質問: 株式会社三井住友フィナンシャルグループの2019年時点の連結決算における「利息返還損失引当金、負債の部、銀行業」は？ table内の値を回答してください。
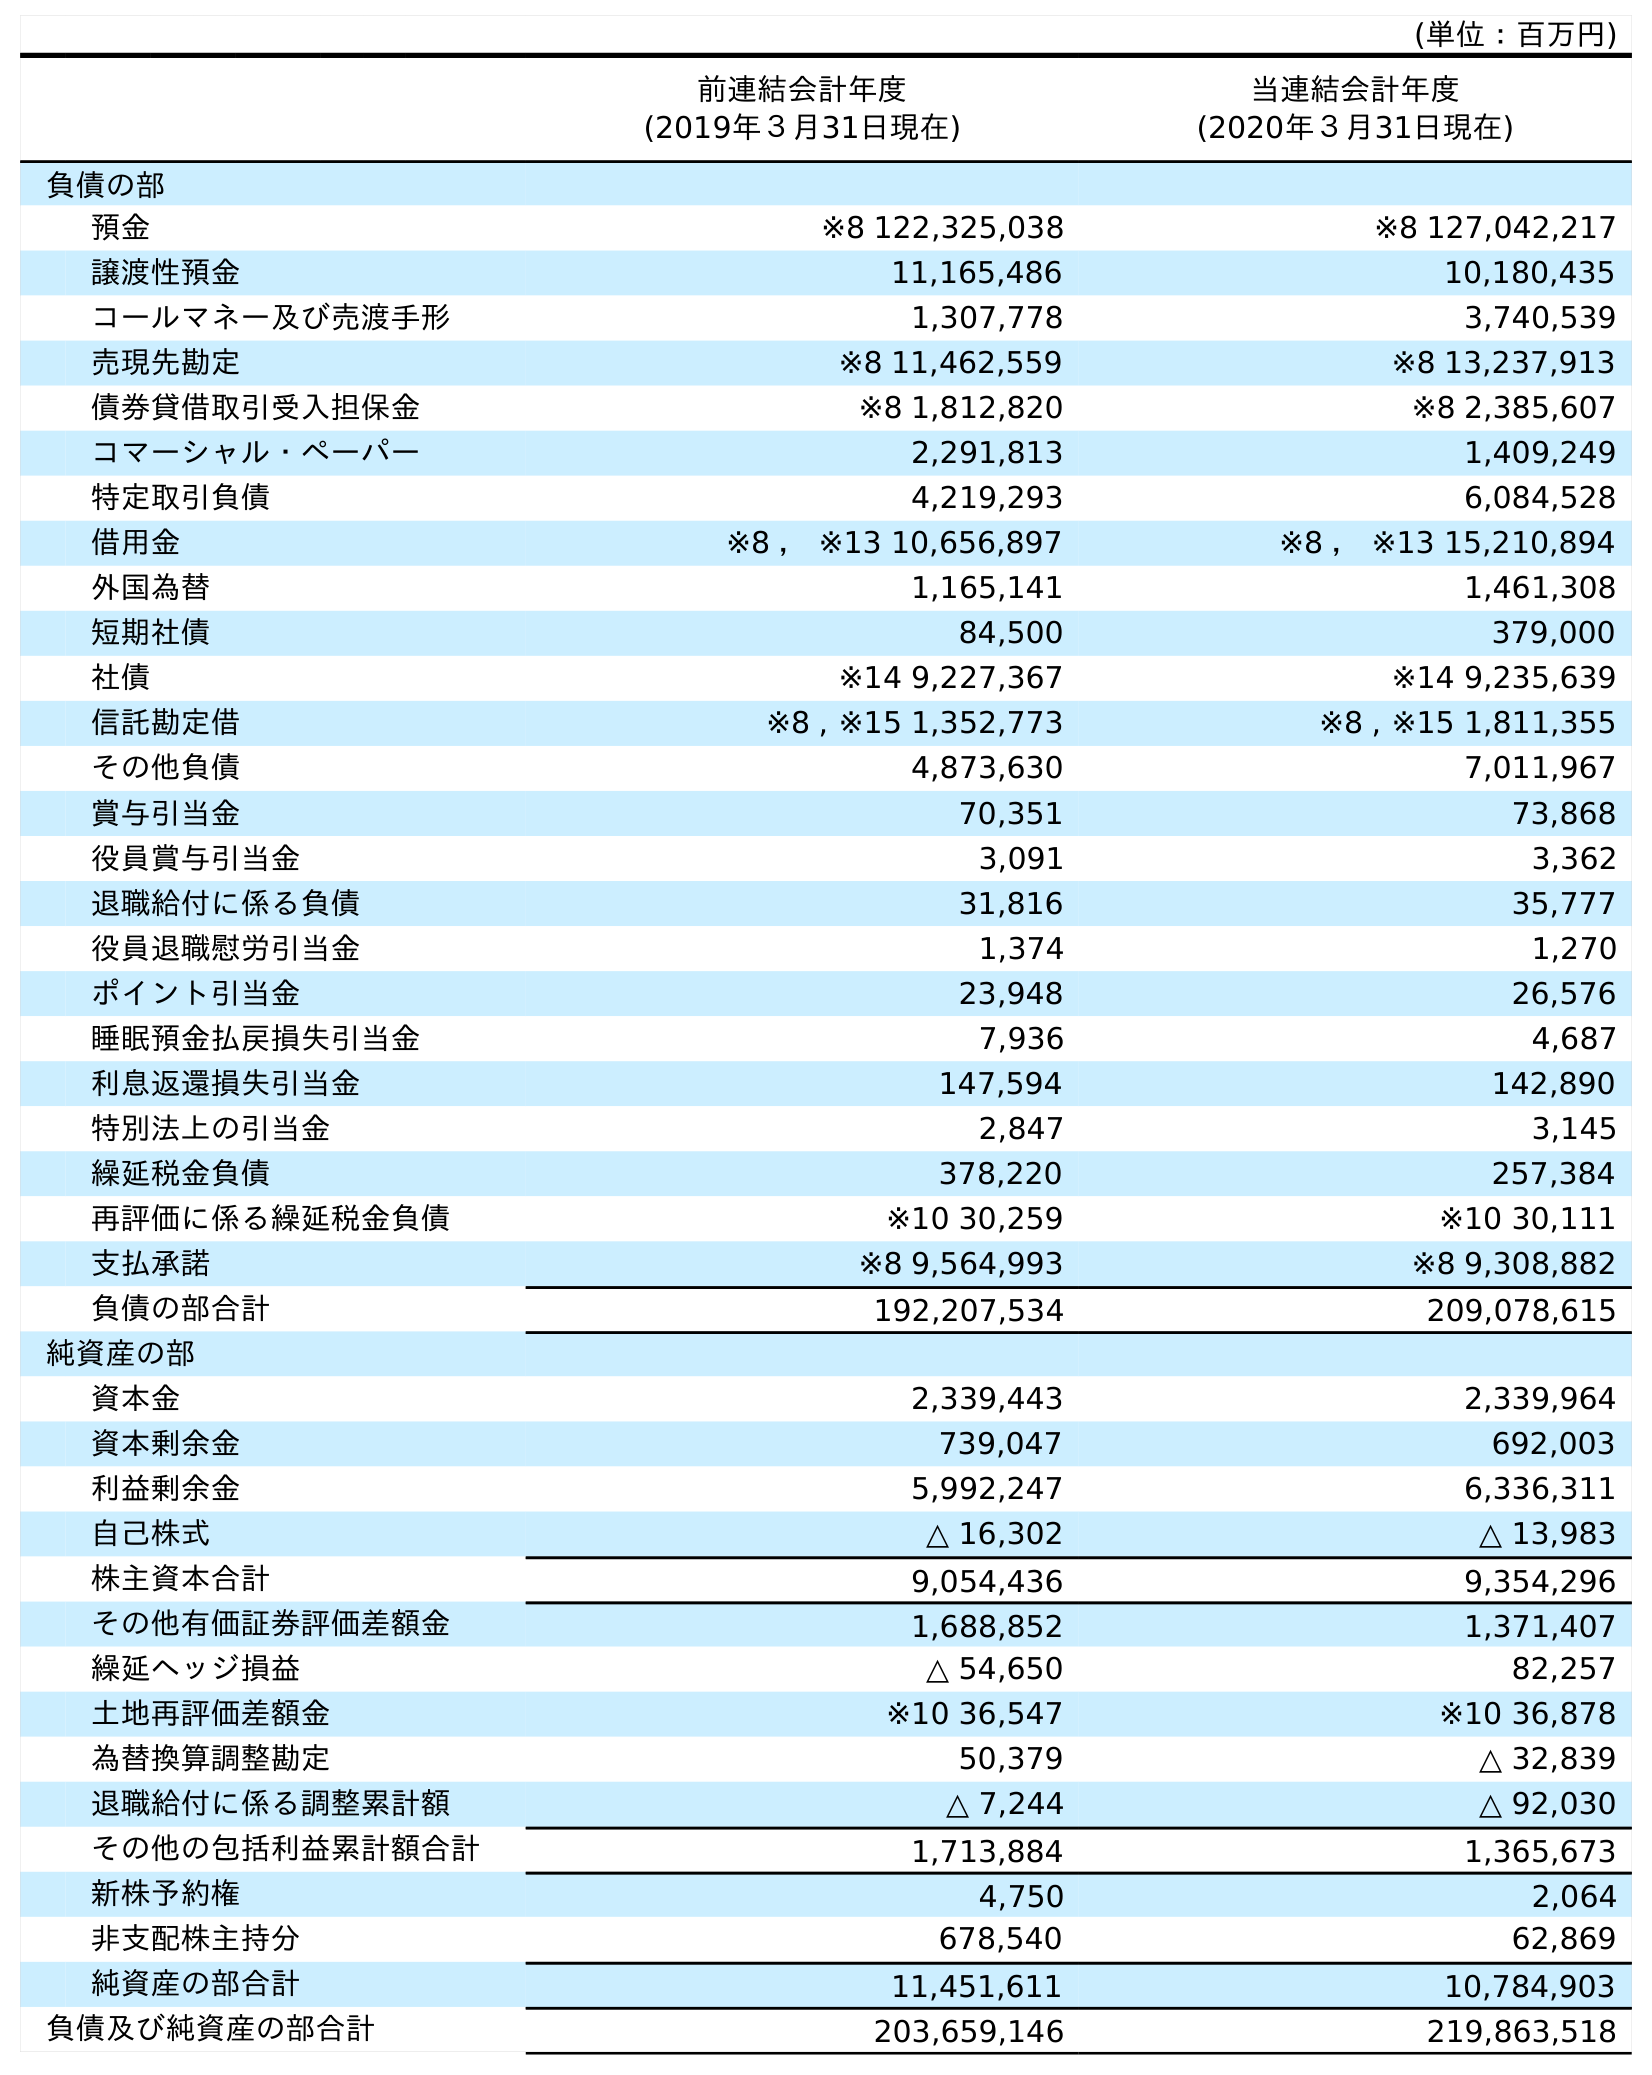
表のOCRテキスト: (単位：百万円) 前連結会計年度 (2019年３月31日現在) 当連結会計年度 (2020年３月31日現在) 負債の部 預金 ※8 122,325,038 ※8 127,042,217 譲渡性預金 11,165,486 10,180,435 コールマネー及び売渡手形 1,307,778 3,740,539 売現先勘定 ※8 11,462,559 ※8 13,237,913 債券貸借取引受入担保金 ※8 1,812,820 ※8 2,385,607 コマーシャル・ペーパー 2,291,813 1,409,249 特定取引負債 4,219,293 6,084,528 借用金 ※8 ， ※13 10,656,897 ※8 ， ※13 15,210,894 外国為替 1,165,141 1,461,308 短期社債 84,500 379,000 社債 ※14 9,227,367 ※14 9,235,639 信託勘定借 ※8 , ※15 1,352,773 ※8 , ※15 1,811,355 その他負債 4,873,630 7,011,967 賞与引当金 70,351 73,868 役員賞与引当金 3,091 3,362 退職給付に係る負債 31,816 35,777 役員退職慰労引当金 1,374 1,270 ポイント引当金 23,948 26,576 睡眠預金払戻損失引当金 7,936 4,687 利息返還損失引当金 147,594 142,890 特別法上の引当金 2,847 3,145 繰延税金負債 378,220 257,384 再評価に係る繰延税金負債 ※10 30,259 ※10 30,111 支払承諾 ※8 9,564,993 ※8 9,308,882 負債の部合計 192,207,534 209,078,615 純資産の部 資本金 2,339,443 2,339,964 資本剰余金 739,047 692,003 利益剰余金 5,992,247 6,336,311 自己株式 △ 16,302 △ 13,983 株主資本合計 9,054,436 9,354,296 その他有価証券評価差額金 1,688,852 1,371,407 繰延ヘッジ損益 △ 54,650 82,257 土地再評価差額金 ※10 36,547 ※10 36,878 為替換算調整勘定 50,379 △ 32,839 退職給付に係る調整累計額 △ 7,244 △ 92,030 その他の包括利益累計額合計 1,713,884 1,365,673 新株予約権 4,750 2,064 非支配株主持分 678,540 62,869 純資産の部合計 11,451,611 10,784,903 負債及び純資産の部合計 203,659,146 219,863,518
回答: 147,594